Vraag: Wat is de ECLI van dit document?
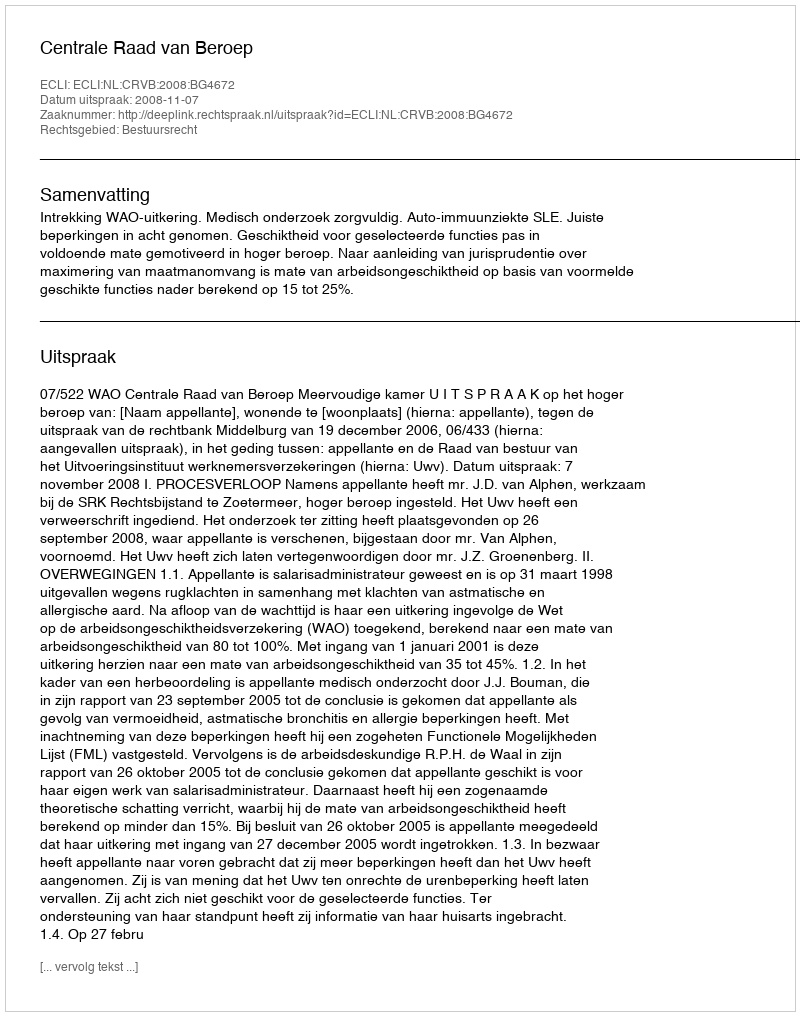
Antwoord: ECLI:NL:CRVB:2008:BG4672